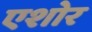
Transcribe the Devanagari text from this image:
एशोर